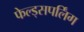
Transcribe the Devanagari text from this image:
फेल्ड्सपर्लिंग